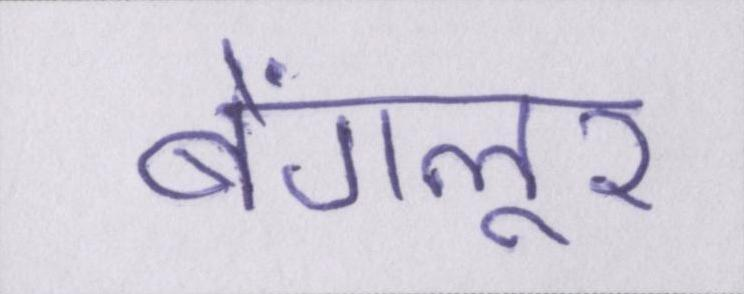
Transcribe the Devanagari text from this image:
बेंगलूर